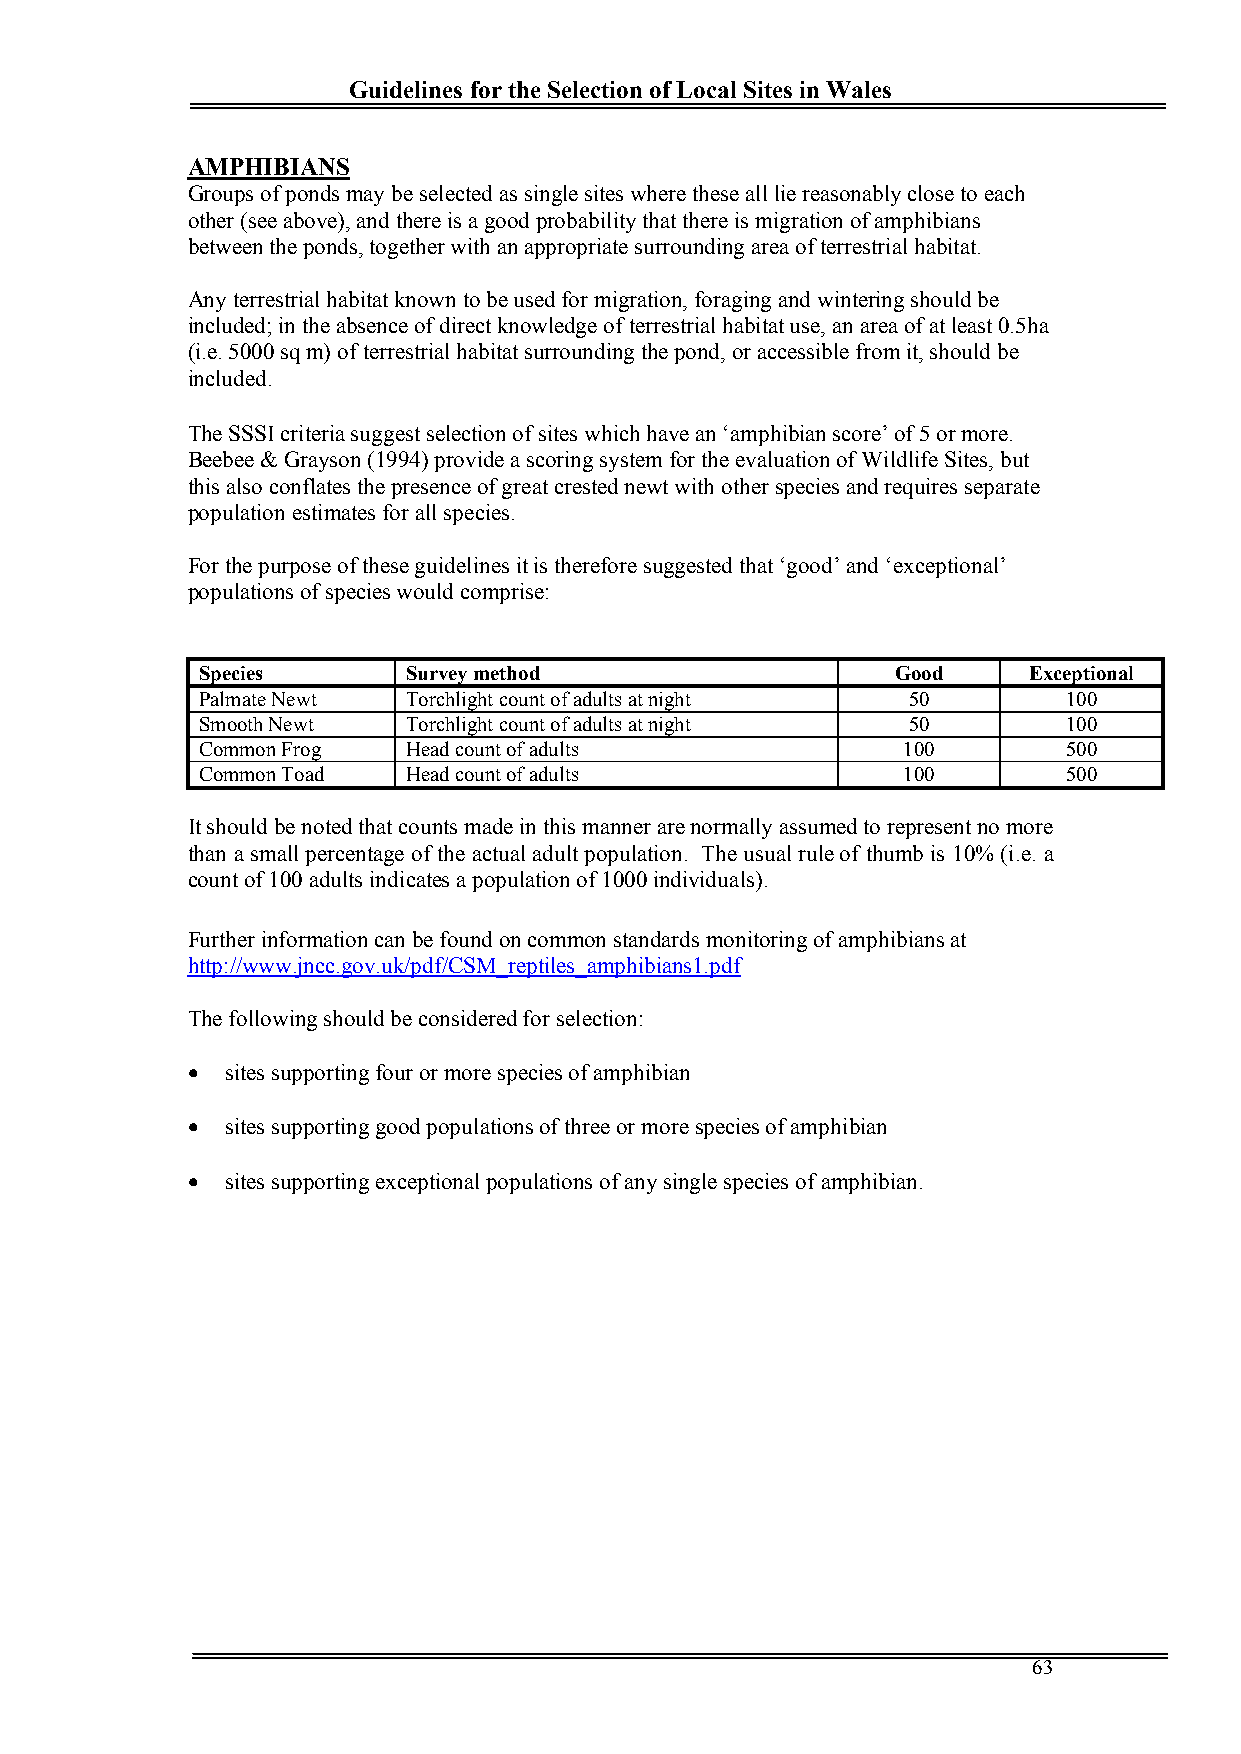
Guidelines for the Selection of Local Sites in Wales
 AMPHIBIANS
 Groups of ponds may be selected as single sites where these all lie reasonably close to each
 other (see above), and there is a good probability that there is migration of amphibians
 between the ponds, together with an appropriate surrounding area of terrestrial habitat.
 Any terrestrial habitat known to be used for migration, foraging and wintering should be
 included; in the absence of direct knowledge of terrestrial habitat use, an area of at least 0.5ha
 (i.e. 5000 sq m) of terrestrial habitat surrounding the pond, or accessible from it, should be
 included.
 The SSSI criteria suggest selection of sites which have an ‘amphibian score’ of 5 or more.
 Beebee & Grayson (1994) provide a scoring system for the evaluation of Wildlife Sites, but
 this also conflates the presence of great crested newt with other species and requires separate
 population estimates for all species.
 For the purpose of these guidelines it is therefore suggested that ‘good’ and ‘exceptional’
 populations of species would comprise:
 Species       Survey method                   Good     Exceptional
 Palmate Newt  Torchlight count of adults at night 50      100
 Smooth Newt   Torchlight count of adults at night 50      100
 Common Frog   Head count of adults             100        500
 Common Toad   Head count of adults             100        500
 It should be noted that counts made in this manner are normally assumed to represent no more
 than a small percentage of the actual adult population. The usual rule of thumb is 10% (i.e. a
 count of 100 adults indicates a population of 1000 individuals).
 Further information can be found on common standards monitoring of amphibians at
 http://www.jncc.gov.uk/pdf/CSM_reptiles_amphibians1.pdf
 The following should be considered for selection:
   sites supporting four or more species of amphibian
   sites supporting good populations of three or more species of amphibian
   sites supporting exceptional populations of any single species of amphibian.
 63